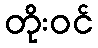
တိုးဝင်